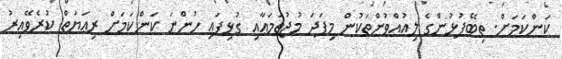
ކަންކަމަށް. ތިބޭފުޅުންގެ ލިއުއްވުންތަކުން މިފަދަ މުޖުތަމަޢާއި ގުޅިފައި ހުންނަ ކަންކަމަށް ރިޢަޔަތް ކުރެވޭއިރު